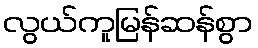
လွယ်ကူမြန်ဆန်စွာ